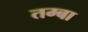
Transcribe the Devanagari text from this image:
तम्बा